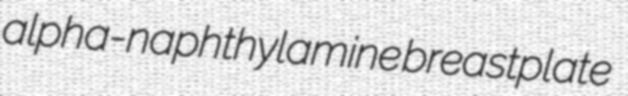
alpha-naphthylamine breastplate